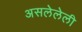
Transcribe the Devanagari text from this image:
असलेलेली